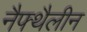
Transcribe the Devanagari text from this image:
नैफ्थैलीन